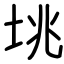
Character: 垗